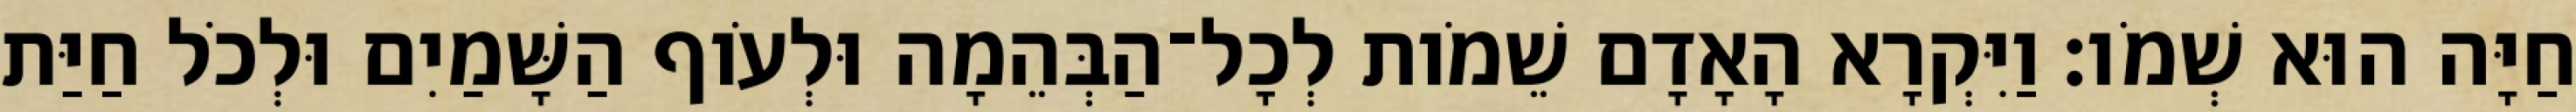
חַיָּה הוּא שְׁמֹו׃ וַיִּקְרָא הָאָדָם שֵׁמֹות לְכָל־הַבְּהֵמָה וּלְעֹוף הַשָּׁמַיִם וּלְכֹל חַיַּת